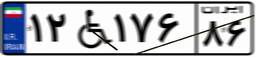
۲۳W۴۲۴۰۹